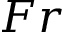
F r